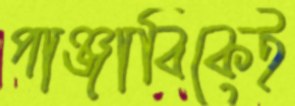
পাঞ্জাবিকেই